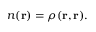
n ( { \bf r } ) = \rho ( { \bf r } , { \bf r } ) .